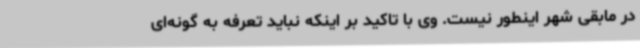
در مابقی شهر اینطور نیست. وی با تاکید بر اینکه نباید تعرفه به گونه‌ای